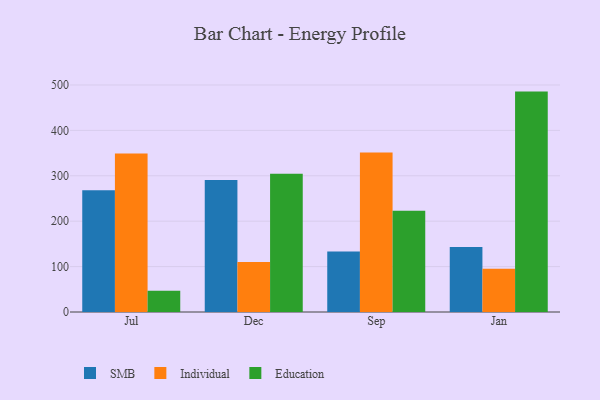
{"axis": {"x": "Month", "y": "Waste Production (Tons)"}, "legend": ["Education", "Individual", "SMB"], "data": [{"x": "Jul", "y": 268.1, "type": "SMB"}, {"x": "Jul", "y": 349.0, "type": "Individual"}, {"x": "Jul", "y": 46.7, "type": "Education"}, {"x": "Dec", "y": 290.8, "type": "SMB"}, {"x": "Dec", "y": 110.0, "type": "Individual"}, {"x": "Dec", "y": 304.5, "type": "Education"}, {"x": "Sep", "y": 133.4, "type": "SMB"}, {"x": "Sep", "y": 351.4, "type": "Individual"}, {"x": "Sep", "y": 223.1, "type": "Education"}, {"x": "Jan", "y": 142.9, "type": "SMB"}, {"x": "Jan", "y": 95.3, "type": "Individual"}, {"x": "Jan", "y": 485.4, "type": "Education"}]}